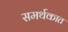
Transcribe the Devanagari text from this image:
समर्थकात